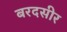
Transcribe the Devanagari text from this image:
बरदसीर